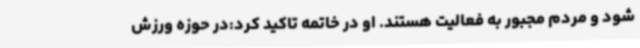
شود و مردم مجبور به فعالیت هستند. او در خاتمه تاکید کرد:در حوزه ورزش